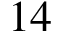
1 4